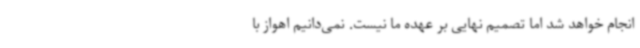
انجام خواهد شد اما تصمیم نهایی بر عهده ما نیست. نمی‌دانیم اهواز با